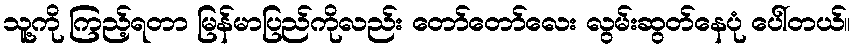
သူ့ကို ကြည့်ရတာ မြန်မာပြည်ကိုလည်း တော်တော်လေး လွမ်းဆွတ်နေပုံ ပေါ်တယ်။